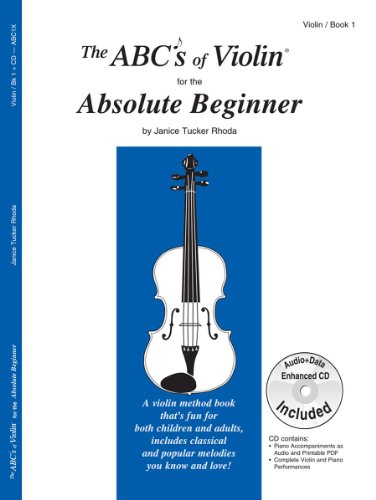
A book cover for The ABCs of Violin for the Absolute Beginner, Book 1 (Book & CD); Janice Tucker Rhoda; Humor & Entertainment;